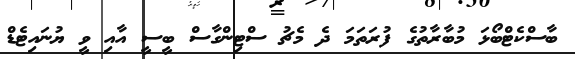
ބާސްކެޓްބޯޅަ މުބާރާތުގެ ފުރަތަމަ ދެ މެޗު ސްޓިންގާސް ބީސީ އާއި ވީ ޔުނައިޓެޑް